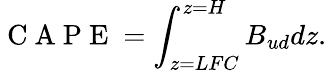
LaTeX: \mathrm{~C~A~P~E~}=\int_{z=LFC}^{z=H}B_{ud}dz.